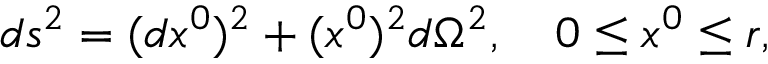
d s ^ { 2 } = ( d x ^ { 0 } ) ^ { 2 } + ( x ^ { 0 } ) ^ { 2 } d \Omega ^ { 2 } , \quad 0 \le x ^ { 0 } \le r ,